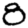
Digit: 8